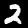
Label: 2